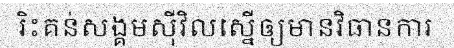
រិះគន់សង្គមស៊ីវិលស្នើឲ្យមានវិធានការ